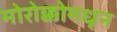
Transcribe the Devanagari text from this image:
मोरोक्कोमधून